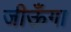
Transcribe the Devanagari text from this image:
जीऊँगा